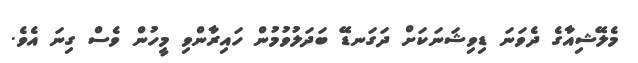
މެލޭޝިއާގެ ދެވަނަ ޑިވިޝަނަކަށް ދަގަނޑޭ ބަދަލުވުމުން ހައިރާންވި މީހުން ވެސް ގިނަ އެވެ.